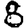
Digit: 8